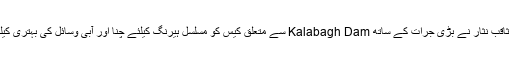
چیف جسٹس آف پاکستان جناب ثاقب نثار نے بڑی جرات کے ساتھ Kalabagh Dam سے متعلق کیس کو مسلسل ہیرنگ کیلئے چنا اور آبی وسائل کی بہتری کیلئے جرات مندانہ فیصلے کئے۔